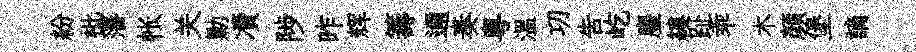
紛枇藩帐关勦凟陟昨辉籌邇奏粵温㓛吿屹麈縷趾乖木颜堡謫